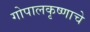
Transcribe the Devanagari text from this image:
गोपालकृष्णाचे